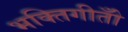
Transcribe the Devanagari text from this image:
भक्तिगीतोँ